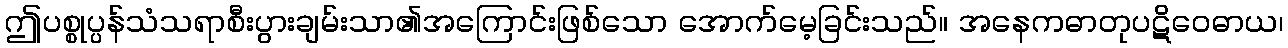
ဤပစ္စုပ္ပန်သံသရာစီးပွားချမ်းသာ၏အကြောင်းဖြစ်သော အောက်မေ့ခြင်းသည်။ အနေကဓာတုပဋိဝေဓာယ၊